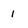
Character: 1